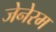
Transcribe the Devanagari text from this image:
जेनेरम